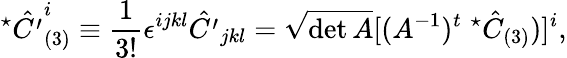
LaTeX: ^\star\hat{C^{\prime}}_{(3)}^{i}\equiv\frac{1}{3!}\epsilon^{ijkl}\hat{C^{\prime}}_{jkl}=\sqrt{\operatorname*{det}A}[(A^{-1})^{t}\; ^{\star}\hat{C}_{(3)})]^{i},